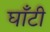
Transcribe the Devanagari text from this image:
घाँटी